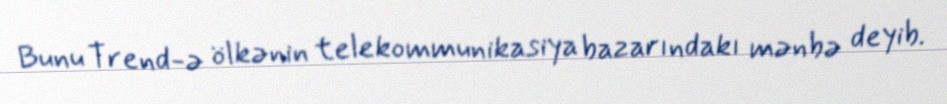
Bunu Trend-ə ölkənin telekommunikasiya bazarındakı mənbə deyib.